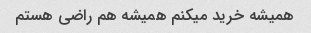
همیشه خرید میکنم همیشه هم راضی هستم